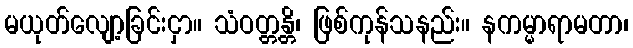
မယုတ်လျော့ခြင်းငှာ။ သံဝတ္တန္တိ၊ ဖြစ်ကုန်သနည်း။ နကမ္မာရာမတာ၊